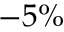
- 5 \%